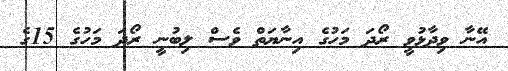
އޭނާ ވިދާޅުވީ ރޯދަ މަހުގެ އިނާޔަތް ވެސް ލިބުނީ ރޯދަ މަހުގެ 15ގެ